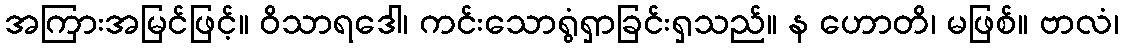
အကြားအမြင်ဖြင့်။ ဝိသာရဒေါ၊ ကင်းသောရွံရှာခြင်းရှသည်။ န ဟောတိ၊ မဖြစ်။ ဗာလံ၊